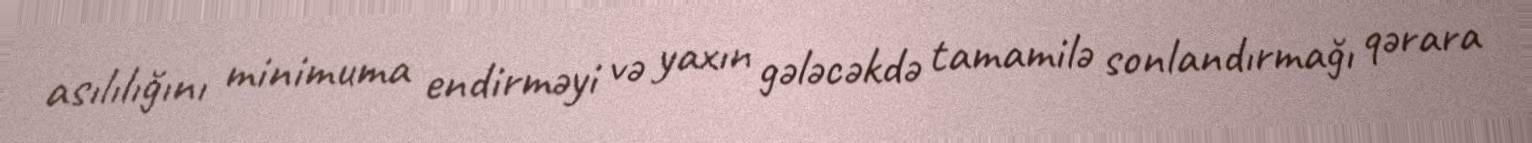
asılılığını minimuma endirməyi və yaxın gələcəkdə tamamilə sonlandırmağı qərara